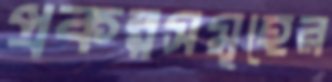
প্রকল্পসমূহের